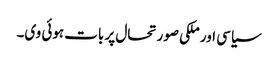
سیاسی اور ملکی صورتحال پر بات ہوئی وی۔